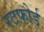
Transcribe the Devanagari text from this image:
रटफ़ोर्ड